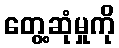
တွေ့ဆုံမှုကို